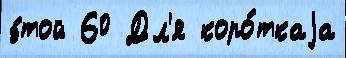
э́той 60 Дл'я коро́ткаjа